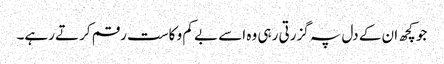
جو کچھ ان کے دل پہ گزرتی رہی وہ اسے بے کم و کاست رقم کرتے رہے۔